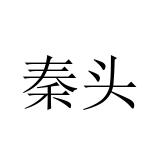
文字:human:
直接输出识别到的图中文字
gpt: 秦头